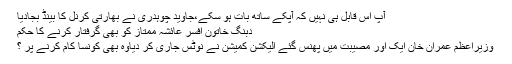
آپ اس قابل ہی نہیں کہ آپکے ساتھ بات ہو سکے،جاوید چوہدری نے بھارتی کرنل کا بینڈ بجادیا
دبنگ خاتون افسر عائشہ ممتاز کو بھی گرفتار کرنے کا حکم
وزیراعظم عمران خان ایک اور مصیبت میں پھنس گئے الیکشن کمیشن نے نوٹس جاری کر دیاوہ بھی کونسا کام کرنے پر ؟